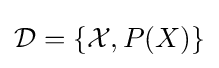
{\mathcal {D}}=\{{\mathcal {X}},P(X)\}